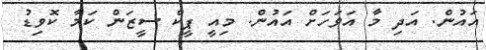
އައުން. އަދި މާ އަވަހަށް އައުން. މިއީ ޕީކް ސީޒަން ކަމާ ކޮވިޑު